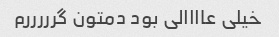
خیلی عاااالی بود دمتون گرررررم